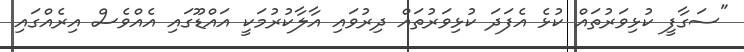
"ސަގާފީ ކުޅިވަރުތައް ކުޅެ އެފަދަ ކުޅިވަރުތައް ދިރުވައި އާލާކުރުމަކީ އައްޑޫގައި އެއްވެސް އިރެއްގައި